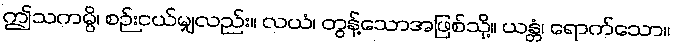
ဤသကမ္ပိ၊ စဉ်းငယ်မျှလည်း။ လယံ၊ တွန့်သောအဖြစ်သို့။ ယန္တံ၊ ရောက်သော။